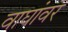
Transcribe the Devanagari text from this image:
वाघांवर